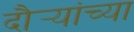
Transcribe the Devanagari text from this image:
दौर्‍यांच्या